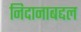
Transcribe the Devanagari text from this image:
निदानाबद्दल